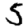
Digit: 5